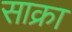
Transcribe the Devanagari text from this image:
साक्रा